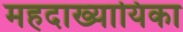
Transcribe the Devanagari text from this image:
महदाख्यायिका